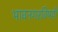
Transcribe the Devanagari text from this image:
भावनगरविषयी